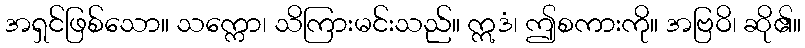
အရှင်ဖြစ်သော။ သက္ကော၊ သိကြားမင်းသည်။ ဣဒံ၊ ဤစကားကို။ အဗြဝိ၊ ဆို၏။